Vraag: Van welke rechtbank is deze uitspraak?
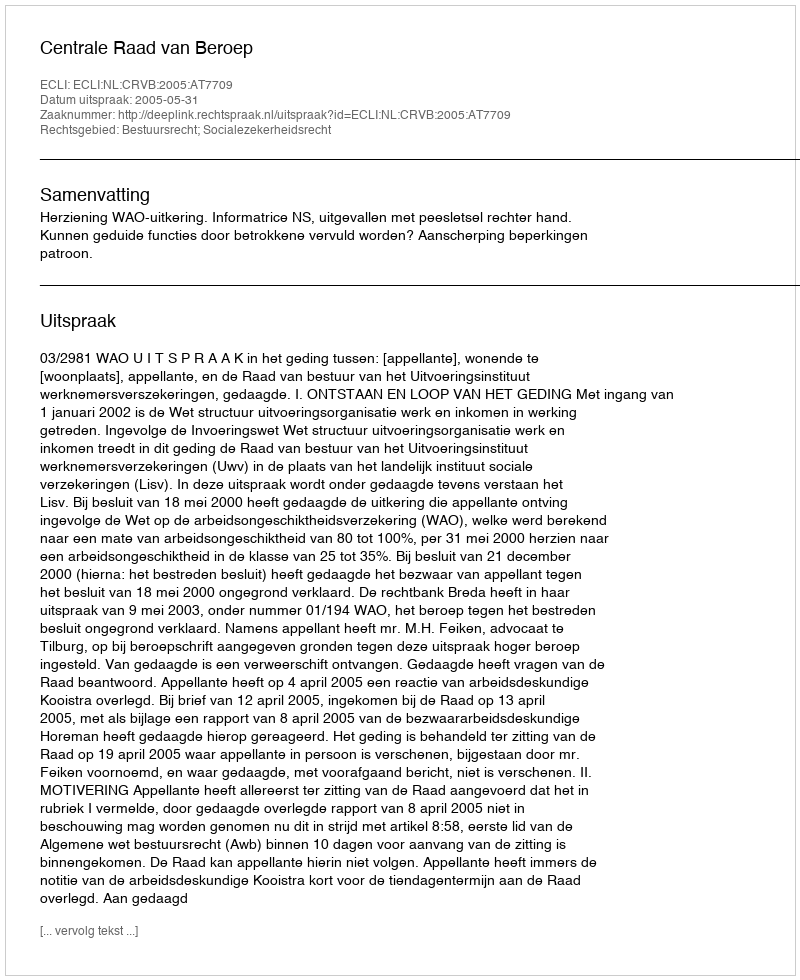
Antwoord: Centrale Raad van Beroep